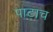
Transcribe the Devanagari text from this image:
पाटाच